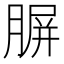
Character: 𦝷